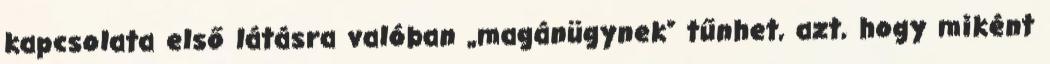
kapcsolata első látásra valóban „magánügynek” tűnhet, azt, hogy miként